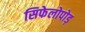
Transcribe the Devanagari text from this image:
सिफेलोपोड़